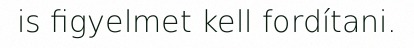
is figyelmet kell fordítani.